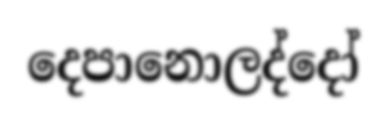
දෙපානොලද්දෝ